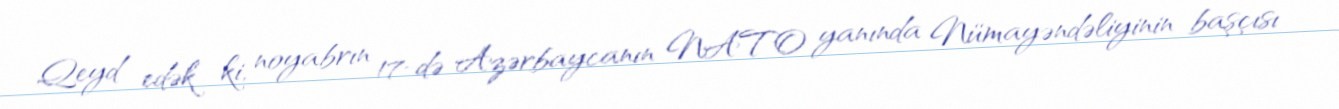
Qeyd edək ki, noyabrın 17-də Azərbaycanın NATO yanında Nümayəndəliyinin başçısı